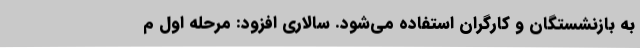
به بازنشستگان و کارگران استفاده می‌شود. سالاری افزود: مرحله اول م